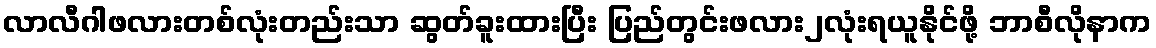
လာလီဂါဖလားတစ်လုံးတည်းသာ ဆွတ်ခူးထားပြီး ပြည်တွင်းဖလား၂လုံးရယူနိုင်ဖို့ ဘာစီလိုနာက